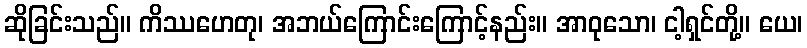
ဆိုခြင်းသည်။ ကိဿဟေတု၊ အဘယ်ကြောင်းကြောင့်နည်း။ အာဝုသော၊ ငါ့ရှင်တို့။ ယေ၊